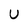
Character: U